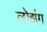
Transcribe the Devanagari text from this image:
लोझंग